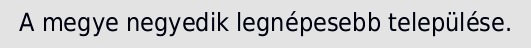
A megye negyedik legnépesebb települése.